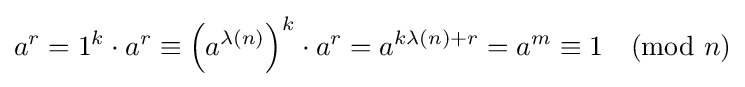
a^{r}=1^{k}\cdot a^{r}\equiv \left(a^{\lambda (n)}\right)^{k}\cdot a^{r}=a^{k\lambda (n)+r}=a^{m}\equiv 1{\pmod {n}}